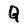
Character: Q